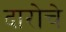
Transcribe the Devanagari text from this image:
दारोचे